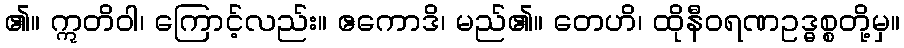
၏။ ဣတိဝါ၊ ကြောင့်လည်း။ ဧကောဒိ၊ မည်၏။ တေဟိ၊ ထိုနီဝရဏဥဒ္ဓစ္စတို့မှ။